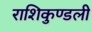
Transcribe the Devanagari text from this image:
राशिकुण्डली